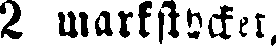
2 markstycket,